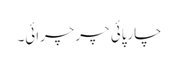
چارپائی چرچرائی۔